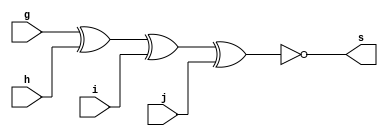
// Guiaa 01
// Nome:Raphaela Fernanda Silva




// XNOREX

module XNOREX (s, g, h, i, j);
output s;
input g, h, i, j;

assign s = ~(g ^ h ^ i ^ j);

endmodule




// TESTE XNOREX

module testeXNOREX;
reg g, h, i, j;
wire s;

XNOREX XNOR1 (s, g, h, i, j); 

initial begin:start

 g=0; h=0; i=0; j=0;
 
 end
 
 
 
 initial begin : main
 
 $display("Guia 01 - Raphaela Fernanda Silva - 420141");
 $display("Teste XNOREX");
 $display(" s = ~(g ^ h ^ i ^ j) ");
 #1 $display(" %b     %b   %b   %b   %b  ",s,g,h,i,j);
 #1 g=0; h=0; i=0; j=1;
 #1 $display(" %b     %b   %b   %b   %b  ",s,g,h,i,j);
 #1 g=0; h=0; i=1; j=0;
 #1 $display(" %b     %b   %b   %b   %b  ",s,g,h,i,j);
 #1 g=0; h=0; i=1; j=1;
 #1 $display(" %b     %b   %b   %b   %b  ",s,g,h,i,j);
 #1 g=0; h=1; i=0; j=0;
 #1 $display(" %b     %b   %b   %b   %b  ",s,g,h,i,j);
 #1 g=0; h=1; i=0; j=1;
 #1 $display(" %b     %b   %b   %b   %b  ",s,g,h,i,j);
 #1 g=0; h=1; i=1; j=0;
 #1 $display(" %b     %b   %b   %b   %b  ",s,g,h,i,j);
 #1 g=0; h=1; i=1; j=1;
 #1 $display(" %b     %b   %b   %b   %b  ",s,g,h,i,j);
 #1 g=1; h=0; i=0; j=0;
 #1 $display(" %b     %b   %b   %b   %b  ",s,g,h,i,j);
 #1 g=1; h=0; i=0; j=1;
 #1 $display(" %b     %b   %b   %b   %b  ",s,g,h,i,j);
 #1 g=1; h=0; i=1; j=0;
 #1 $display(" %b     %b   %b   %b   %b  ",s,g,h,i,j);
 #1 g=1; h=0; i=1; j=1;
 #1 $display(" %b     %b   %b   %b   %b  ",s,g,h,i,j);
 #1 g=1; h=1; i=0; j=0;
 #1 $display(" %b     %b   %b   %b   %b  ",s,g,h,i,j);
 #1 g=1; h=1; i=0; j=1;
 #1 $display(" %b     %b   %b   %b   %b  ",s,g,h,i,j);
 #1 g=1; h=1; i=1; j=0;
 #1 $display(" %b     %b   %b   %b   %b  ",s,g,h,i,j);
 #1 g=1; h=1; i=1; j=1;
 #1 $display(" %b     %b   %b   %b   %b  ",s,g,h,i,j);
 
  
 end
 
 endmodule